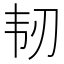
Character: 韧